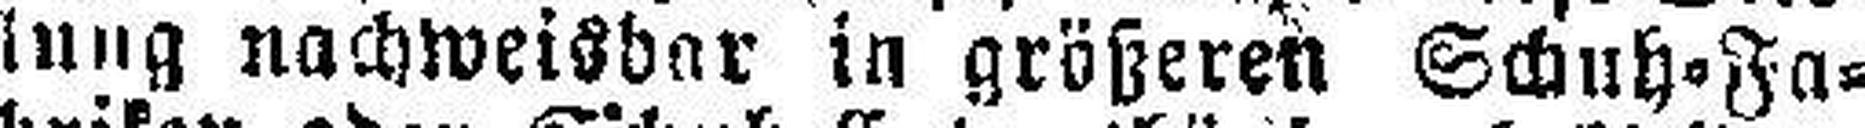
lung nachweisbar in größeren Schuh=Fa¬